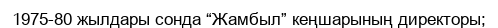
1975-80 жылдары сонда “Жамбыл” кеңшарының директоры;